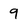
Character: 9